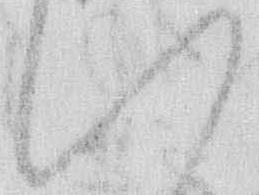
い